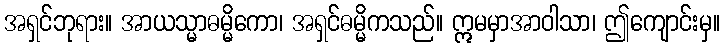
အရှင်ဘုရား။ အာယသ္မာဓမ္မိကော၊ အရှင်ဓမ္မိကသည်။ ဣမမှာအာဝါသာ၊ ဤကျောင်းမှ။